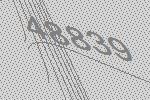
48839